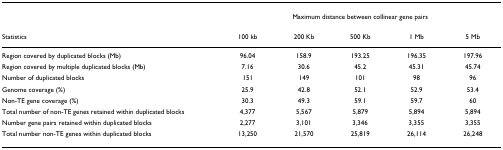
|  | <COLSPAN=5> Maximum distance between collinear gene pairs |
 | --- | --- | --- | --- | --- | --- |
 | Statistics | 100 kb | 200 Kb | 500 Kb | 1 Mb | 5 Mb |
 | Region covered by duplicated blocks (Mb) | 96.04 | 158.9 | 193.25 | 196.35 | 197.96 |
 | Region covered by multiple duplicated blocks (Mb) | 7.16 | 30.6 | 45.2 | 45.31 | 45.74 |
 | Number of duplicated blocks | 151 | 149 | 101 | 98 | 96 |
 | Genome coverage (%) | 25.9 | 42.8 | 52.1 | 52.9 | 53.4 |
 | Non-TE gene coverage (%) | 30.3 | 49.3 | 59.1 | 59.7 | 60 |
 | Total number of non-TE genes retained within duplicated blocks | 4,377 | 5,567 | 5,879 | 5,894 | 5,894 |
 | Number gene pairs retained within duplicated blocks | 2,277 | 3,101 | 3,346 | 3,355 | 3,355 |
 | Total number non-TE genes within duplicated blocks | 13,250 | 21,570 | 25,819 | 26,114 | 26,248 |